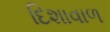
દિશાવાળ